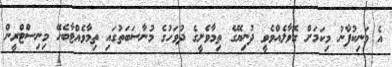
އެ މަނިކުފާނު މިކަމަށް ގޮވާލެއްވެވީ ދުނިޔޭގެ ތިމާވެށީގެ ދުވަހުގެ މުނާސަބަތުގައި ތިމާވެއްޓާބެހޭ މިނިސްޓްރީން